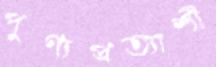
পুণ্যপ্রত্যাশী